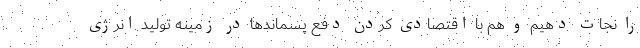
را نجات دهیم و هم با اقتصادی کردن دفع پسماندها در زمینه تولید انرژی